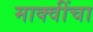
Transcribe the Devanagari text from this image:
माक्वींचा